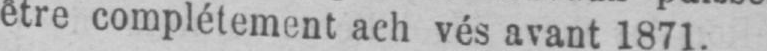
être complétement ach vés avant 1871.